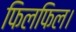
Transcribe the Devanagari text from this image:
फिलफिल।